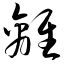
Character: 离